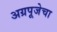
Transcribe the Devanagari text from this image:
अग्रपूजेचा